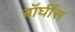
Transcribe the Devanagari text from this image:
बॉर्घीस